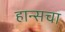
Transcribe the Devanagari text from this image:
हान्सचा